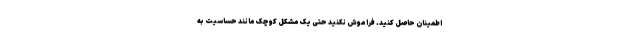
اطمینان حاصل کنید. فراموش نکنید حتی یک مشکل کوچک مانند حساسیت به